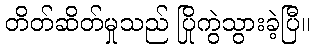
တိတ်ဆိတ်မှုသည် ပြိုကွဲသွားခဲ့ပြီ။